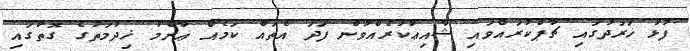
ފުޅު ޚަރަދުގައި ޗާޕްކުރައްވައި ޝާއިޢުކުރެއްވުން ފަދަ އެތައް ކަމެއް ޢާންމު ޚިދުމަތުގެ ގޮތުގައި